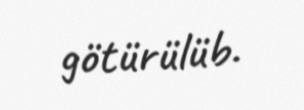
götürülüb.